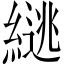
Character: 𫃹